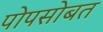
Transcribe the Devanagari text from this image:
पोपसोबत